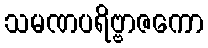
သမဏပရိဗ္ဗာဇကော